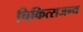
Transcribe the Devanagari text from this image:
चिकित्सजन्य